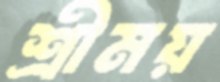
শ্রীময়